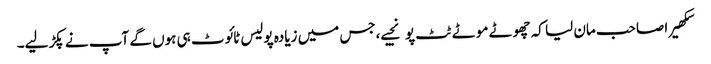
سکھیرا صاحب مان لیا کہ چھوٹے موٹے ٹٹ پو نجیے،جس میں زیادہ پولیس ٹائوٹ ہی ہوں گے آپ نے پکڑ لیے۔